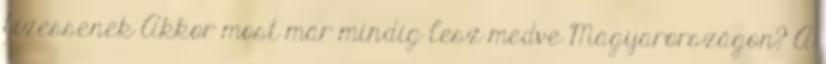
fizessenek Akkor most már mindig lesz medve Magyarországon? A